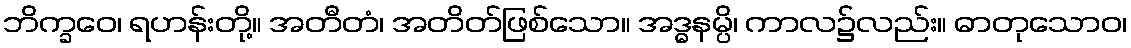
ဘိက္ခဝေ၊ ရဟန်းတို့။ အတီတံ၊ အတိတ်ဖြစ်သော။ အဒ္ဓနမ္ပိ၊ ကာလ၌လည်း။ ဓာတုသောဝ၊